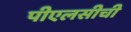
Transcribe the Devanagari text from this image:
पीएलसीची